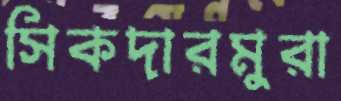
সিকদারমুরা